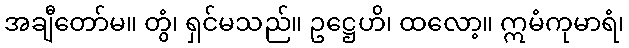
အချီတော်မ။ တွံ၊ ရှင်မသည်။ ဥဋ္ဌေဟိ၊ ထလော့။ ဣမံကုမာရံ၊